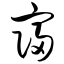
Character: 寝